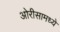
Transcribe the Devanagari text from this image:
ओरीसामध्ये